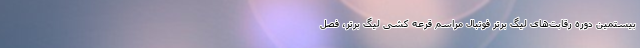
بیستمین دوره رقابت‌های لیگ برتر فوتبال مراسم قرعه کشی لیگ برتر، فصل